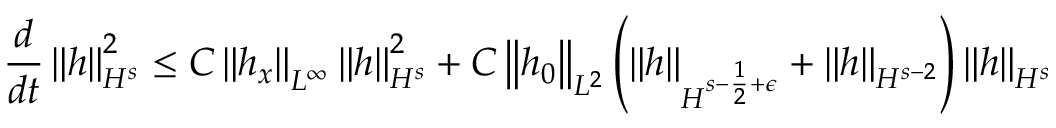
\frac { d } { d t } \left\| h \right\| _ { H ^ { s } } ^ { 2 } \leq C \left\| h _ { x } \right\| _ { L ^ { \infty } } \left\| h \right\| _ { H ^ { s } } ^ { 2 } + C \left\| h _ { 0 } \right\| _ { L ^ { 2 } } \left( \left\| h \right\| _ { H ^ { s - \frac { 1 } { 2 } + \epsilon } } + \left\| h \right\| _ { H ^ { s - 2 } } \right) \left\| h \right\| _ { H ^ { s } }